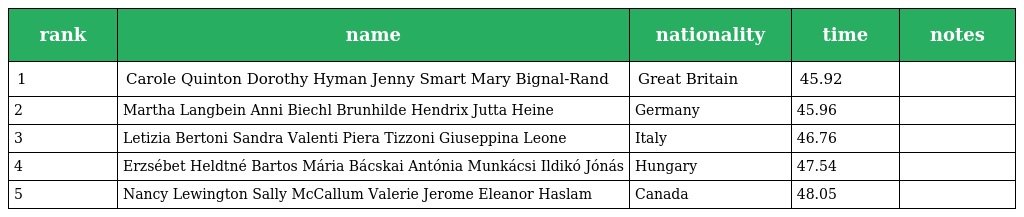
| rank | name | nationality | time | notes |
 | --- | --- | --- | --- | --- |
 | 1 | Carole Quinton Dorothy Hyman Jenny Smart Mary Bignal-Rand | Great Britain | 45.92 |  |
 | 2 | Martha Langbein Anni Biechl Brunhilde Hendrix Jutta Heine | Germany | 45.96 |  |
 | 3 | Letizia Bertoni Sandra Valenti Piera Tizzoni Giuseppina Leone | Italy | 46.76 |  |
 | 4 | Erzsébet Heldtné Bartos Mária Bácskai Antónia Munkácsi Ildikó Jónás | Hungary | 47.54 |  |
 | 5 | Nancy Lewington Sally McCallum Valerie Jerome Eleanor Haslam | Canada | 48.05 |  |